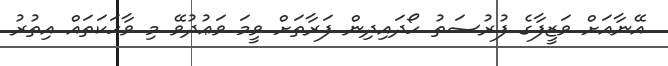
އޭނާއަށް ވަޒީފާގެ ފުރުޞަތު ހޯދައިދިން ފަރާތަށް ވީމަ ވަޢުދުވޭ މި ވާހަކަތައް އިތުރު